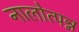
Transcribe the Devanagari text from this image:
नालोत्पन्न